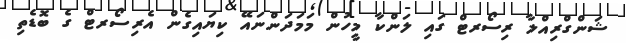
ޝަންގްރިއްލާ ރިސޯރޓް ގައި ލަންކާ މީހުން މަމަދަންނައޭ ކިޔައިގެން އެރިސޯރޓް ގެ ބޮޑެތި